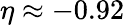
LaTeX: \eta\approx-0.92\